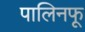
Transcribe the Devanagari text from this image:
पालिनफू